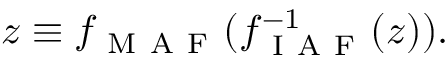
z \equiv f _ { \mathrm { ~ M ~ A ~ F ~ } } ( f _ { \mathrm { ~ I ~ A ~ F ~ } } ^ { - 1 } ( z ) ) .